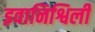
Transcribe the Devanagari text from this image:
इवानिश्विली